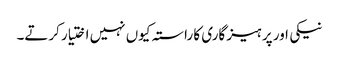
نیکی اور پر ہیز گاری کا راستہ کیوں نہیں اختیار کرتے۔